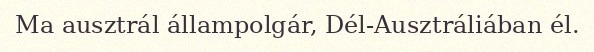
Ma ausztrál állampolgár, Dél-Ausztráliában él.